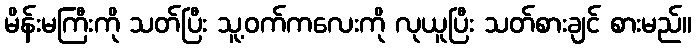
မိန်းမကြီးကို သတ်ပြီး သူ့ဝက်ကလေးကို လုယူပြီး သတ်စားချင် စားမည်။